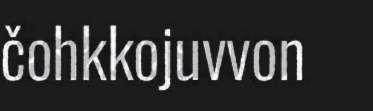
čohkkojuvvon